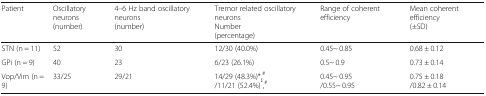
<table><thead><tr><td><b>Patient</b></td><td><b>Oscillatory neurons(number)</b></td><td><b>4–6 Hz band oscillatory neurons(number)</b></td><td><b>Tremor related oscillatory neuronsNumber(percentage)</b></td><td><b>Range of coherent efficiency</b></td><td><b>Mean coherent efficiency(±SD)</b></td></tr></thead><tbody><tr><td>STN (n = 11)</td><td>52</td><td>30</td><td>12/30 (40.0%)</td><td>0.45~ 0.85</td><td>0.68 ± 0.12</td></tr><tr><td>GPi (n = 9)</td><td>40</td><td>23</td><td>6/23 (26.1%)</td><td>0.5~ 0.9</td><td>0.73 ± 0.14</td></tr><tr><td>Vop/Vim (n = 9)</td><td>33/25</td><td>29/21</td><td>14/29 (48.3%)*,<sup>#</sup>/11/21 (52.4%)<sup>*</sup>,<sup>#</sup></td><td>0.45~ 0.95/0.55~ 0.95</td><td>0.75 ± 0.18/0.82 ± 0.14</td></tr></tbody></table>